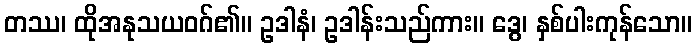
တဿ၊ ထိုအနုသယဝဂ်၏။ ဥဒါနံ၊ ဥဒါန်းသည်ကား။ ဒွေ၊ နှစ်ပါးကုန်သော။